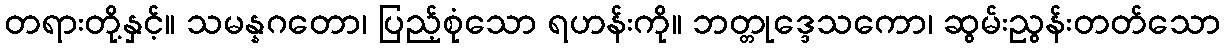
တရားတို့နှင့်။ သမန္နဂတော၊ ပြည့်စုံသော ရဟန်းကို။ ဘတ္တုဒ္ဒေသကော၊ ဆွမ်းညွန်းတတ်သော